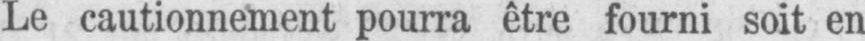
Le cautionnement pourra être fourni soit en